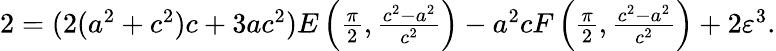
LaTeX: \begin{array}{r}{2=(2(a^{2}+c^{2})c+3ac^{2})E\left(\frac{\pi}{2},{\frac{c^{2}-a^{2}}{c^{2}}}\right)-a^{2}cF\left(\frac{\pi}{2},{\frac{c^{2}-a^{2}}{c^{2}}}\right)+2\varepsilon^{3}.}\end{array}